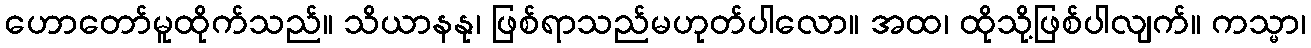
ဟောတော်မူထိုက်သည်။ သိယာနနု၊ ဖြစ်ရာသည်မဟုတ်ပါလော။ အထ၊ ထိုသို့ဖြစ်ပါလျက်။ ကသ္မာ၊